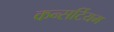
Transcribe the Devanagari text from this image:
कन्सर्टियम